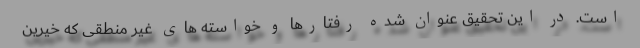
است. در این تحقیق عنوان شده رفتارها و خواسته های غیر منطقی که خیرین